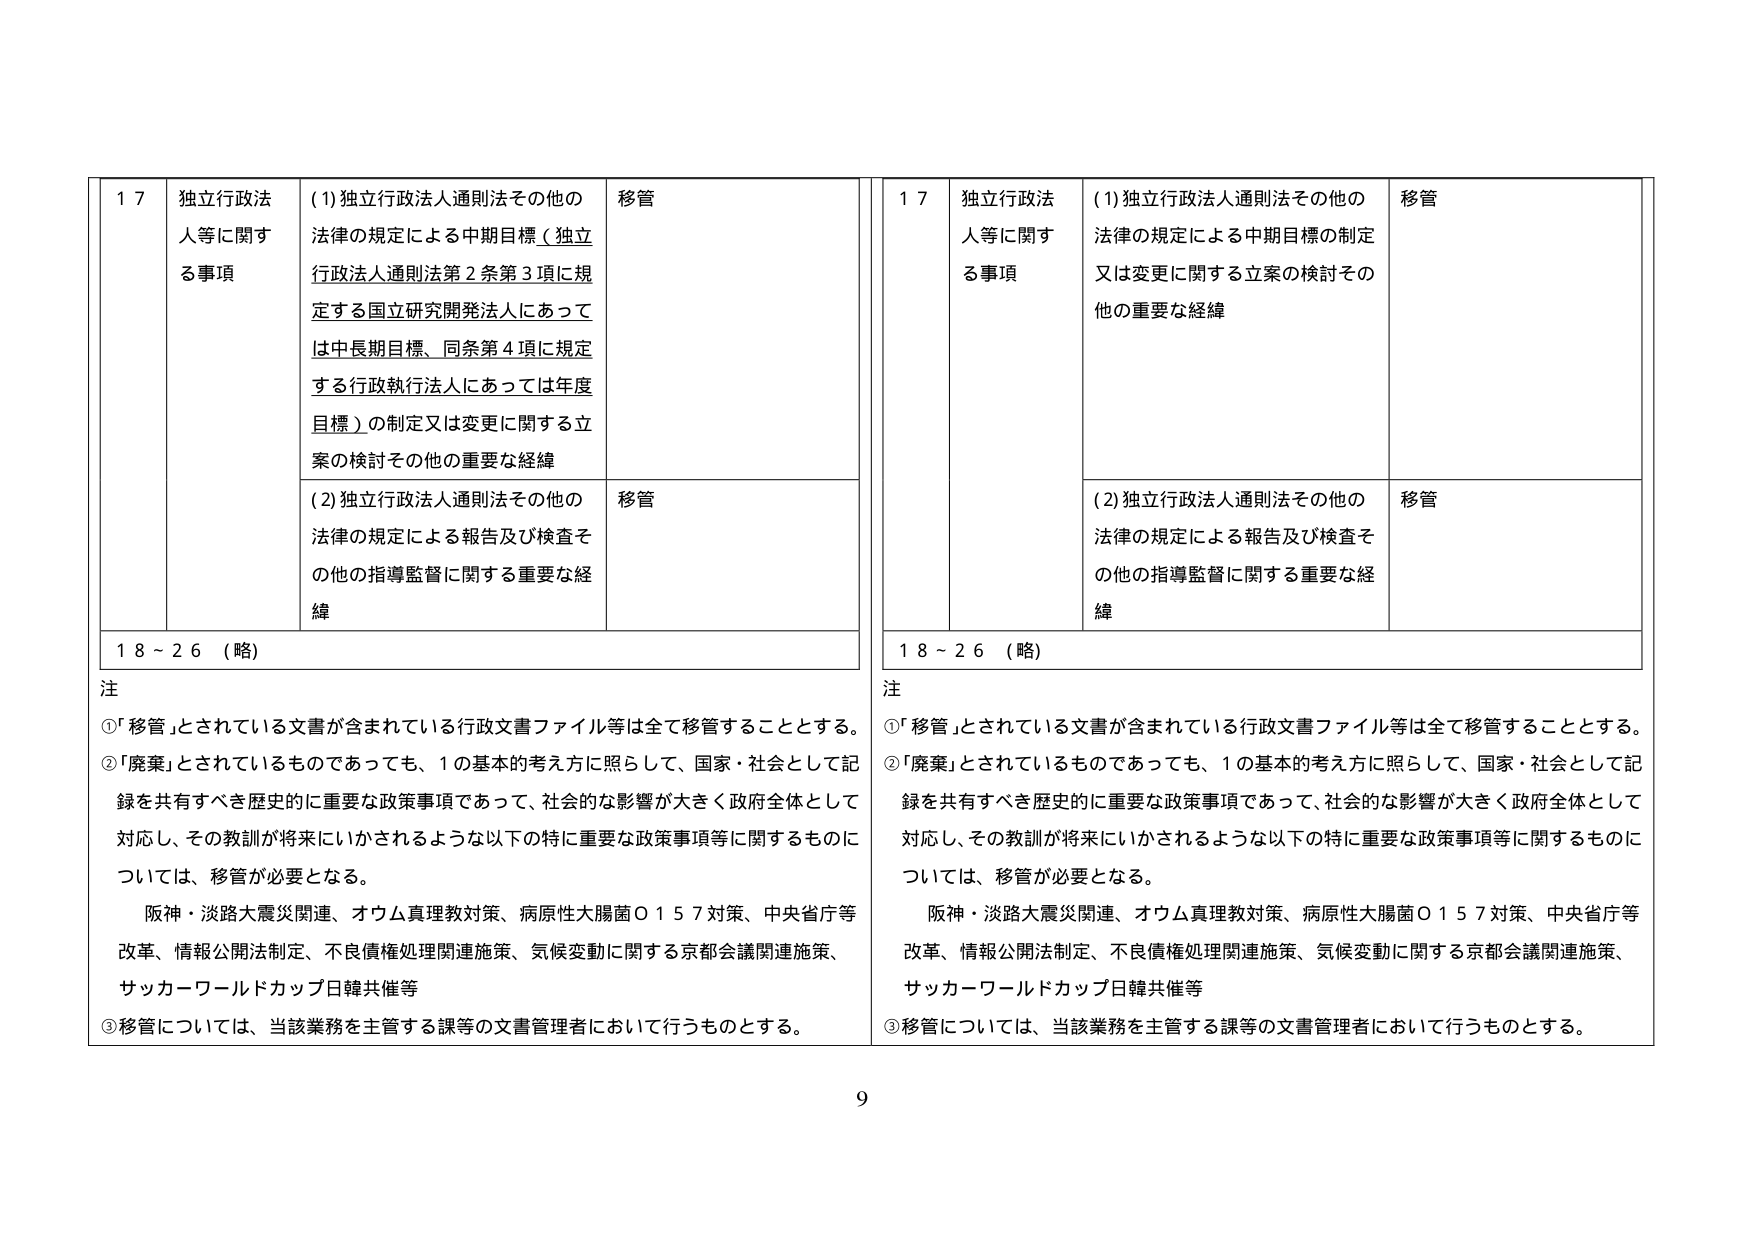
17 独立行政法人等に関する事項
(1) 独立行政法人通則法その他の法律の規定による中期目標（独立行政法人通則法第2条第3項に規定する国立研究開発法人にあっては中長期目標、同条第4項に規定する行政執行法人にあっては年度目標）の制定又は変更に関する立案の検討その他の重要な経緯
移管
(2) 独立行政法人通則法その他の法律の規定による報告及び検査その他の指導監督に関する重要な経緯
移管
18～26（略）

注
①「移管」とされている文書が含まれている行政文書ファイル等は全て移管することとする。
②「廃棄」とされているものであっても、1の基本的考え方に照らして、国家・社会として記録を共有すべき歴史的に重要な政策事項であって、社会的な影響が大きく政府全体として対応し、その教訓が将来にいかされるような以下の特に重要な政策事項等に関するものについては、移管が必要となる。
　阪神・淡路大震災関連、オウム真理教対策、病原性大腸菌O157対策、中央省庁等改革、情報公開法制定、不良債権処理関連施策、気候変動に関する京都会議関連施策、サッカーワールドカップ日韓共催等
③移管については、当該業務を主管する課等の文書管理者において行うものとする。

17 独立行政法人等に関する事項
(1) 独立行政法人通則法その他の法律の規定による中期目標の制定又は変更に関する立案の検討その他の重要な経緯
移管
(2) 独立行政法人通則法その他の法律の規定による報告及び検査その他の指導監督に関する重要な経緯
移管
18～26（略）

注
①「移管」とされている文書が含まれている行政文書ファイル等は全て移管することとする。
②「廃棄」とされているものであっても、1の基本的考え方に照らして、国家・社会として記録を共有すべき歴史的に重要な政策事項であって、社会的な影響が大きく政府全体として対応し、その教訓が将来にいかされるような以下の特に重要な政策事項等に関するものについては、移管が必要となる。
　阪神・淡路大震災関連、オウム真理教対策、病原性大腸菌O157対策、中央省庁等改革、情報公開法制定、不良債権処理関連施策、気候変動に関する京都会議関連施策、サッカーワールドカップ日韓共催等
③移管については、当該業務を主管する課等の文書管理者において行うものとする。

9